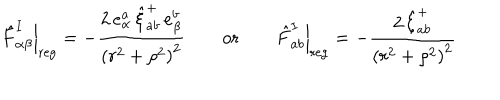
\left. \hat { F } _ { \alpha \beta } ^ { I } \right| _ { \mathrm { r e g } } = - \frac { 2 \, e _ { \alpha } ^ { a } \, \hat { \xi } _ { a b } ^ { + } \, e _ { \beta } ^ { b } } { \left( r ^ { 2 } + \rho ^ { 2 } \right) ^ { 2 } } \qquad \mathrm { o r } \qquad \left. \hat { F } _ { a b } ^ { I } \right| _ { \mathrm { r e g } } = - \frac { 2 \, \hat { \xi } _ { a b } ^ { + } } { \left( r ^ { 2 } + \rho ^ { 2 } \right) ^ { 2 } }